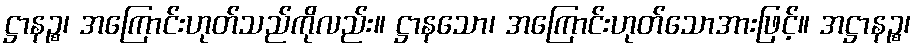
ဋ္ဌာနဉ္စ၊ အကြောင်းဟုတ်သည်ကိုလည်း။ ဋ္ဌာနသော၊ အကြောင်းဟုတ်သောအားဖြင့်။ အဋ္ဌာနဉ္စ၊